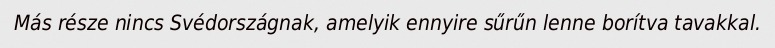
Más része nincs Svédországnak, amelyik ennyire sűrűn lenne borítva tavakkal.